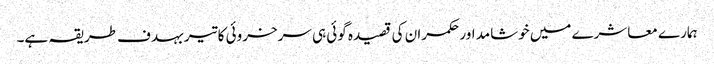
ہمارے معاشرے میں خوشامد اور حکمران کی قصیدہ گوئی ہی سرخروئی کا تیر بہدف طریقہ ہے۔